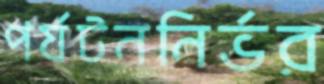
পর্যটননির্ভর